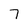
Character: 7